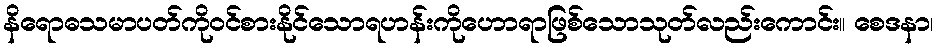
နိရောဓသမာပတ်ကိုဝင်စားနိုင်သောရဟန်းကိုဟောရာဖြစ်သောသုတ်လည်းကောင်း။ စေဒနာ၊